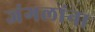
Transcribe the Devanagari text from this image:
जंगलांना